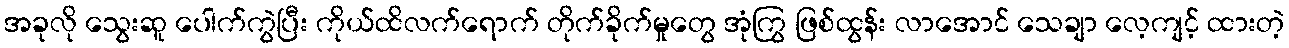
အခုလို သွေးဆူ ပေါက်ကွဲပြီး ကိုယ်ထိလက်ရောက် တိုက်ခိုက်မှုတွေ အုံကြွ ဖြစ်ထွန်း လာအောင် သေချာ လေ့ကျင့် ထားတဲ့